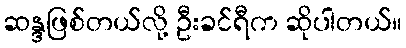
ဆန္ဒဖြစ်တယ်လို့ ဦးခင်ရီက ဆိုပါတယ်။